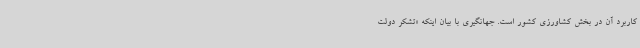
کاربرد آن در بخش کشاورزی کشور است. جهانگیری با بیان اینکه «تشکر دولت